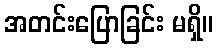
အတင်းပြောခြင်း မရှိ။